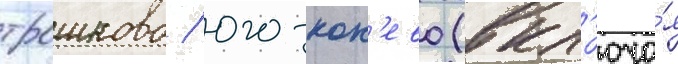
трошково / юго-кон'ево (вкл'юча́я